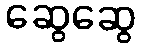
ဆွေဆွေ